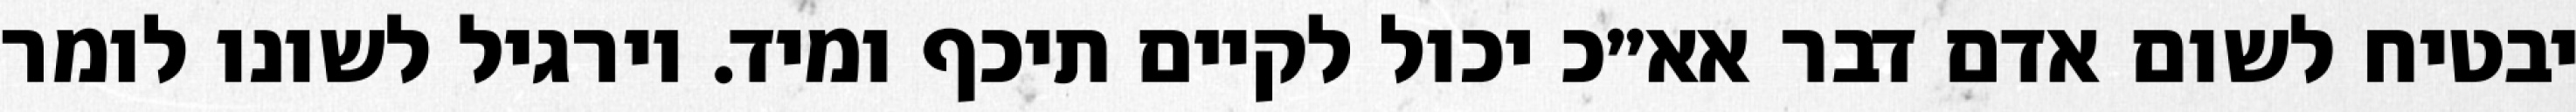
יבטיח לשום אדם דבר אא״כ יכול לקיים תיכף ומיד. וירגיל לשונו לומר